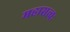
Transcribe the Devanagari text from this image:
महासत्त्वः